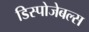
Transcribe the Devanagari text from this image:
डिस्पोजेबल्स